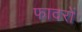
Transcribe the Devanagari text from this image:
फादरों